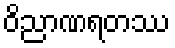
ဝိညာဏရတဿ